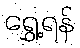
ရွှေ့ရန်